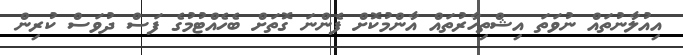
އިއުލާނުތައް ނުވަަތަ އިޝްތިހާރުތައް އާންމުކޮށް ފެންނަ ގޮތަށް ބެހެއްޓުމުގެ ފަސް ދުވަސް ކުރިން